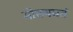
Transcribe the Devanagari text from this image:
मोख्यमतं